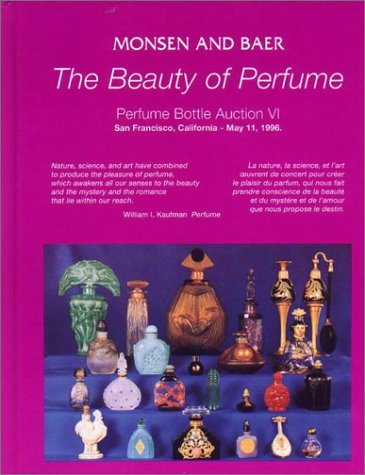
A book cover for The Beauty to Perfume: Perfume Bottle Auction VI; Randall B. Monsen; Crafts, Hobbies & Home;